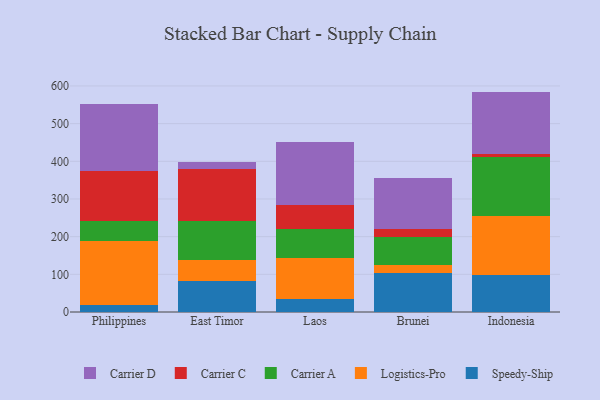
{"axis": {"x": "Country", "y": "Humidity (%)"}, "legend": ["Carrier A", "Carrier C", "Carrier D", "Logistics-Pro", "Speedy-Ship"], "data": [{"x": "Philippines", "y": 17.5, "type": "Speedy-Ship"}, {"x": "Philippines", "y": 171.4, "type": "Logistics-Pro"}, {"x": "Philippines", "y": 53.0, "type": "Carrier A"}, {"x": "Philippines", "y": 133.5, "type": "Carrier C"}, {"x": "Philippines", "y": 177.2, "type": "Carrier D"}, {"x": "East Timor", "y": 82.2, "type": "Speedy-Ship"}, {"x": "East Timor", "y": 55.2, "type": "Logistics-Pro"}, {"x": "East Timor", "y": 104.1, "type": "Carrier A"}, {"x": "East Timor", "y": 139.2, "type": "Carrier C"}, {"x": "East Timor", "y": 17.6, "type": "Carrier D"}, {"x": "Laos", "y": 33.9, "type": "Speedy-Ship"}, {"x": "Laos", "y": 108.4, "type": "Logistics-Pro"}, {"x": "Laos", "y": 77.6, "type": "Carrier A"}, {"x": "Laos", "y": 64.4, "type": "Carrier C"}, {"x": "Laos", "y": 167.2, "type": "Carrier D"}, {"x": "Brunei", "y": 104.3, "type": "Speedy-Ship"}, {"x": "Brunei", "y": 20.0, "type": "Logistics-Pro"}, {"x": "Brunei", "y": 74.0, "type": "Carrier A"}, {"x": "Brunei", "y": 21.6, "type": "Carrier C"}, {"x": "Brunei", "y": 135.3, "type": "Carrier D"}, {"x": "Indonesia", "y": 98.1, "type": "Speedy-Ship"}, {"x": "Indonesia", "y": 156.4, "type": "Logistics-Pro"}, {"x": "Indonesia", "y": 156.8, "type": "Carrier A"}, {"x": "Indonesia", "y": 6.9, "type": "Carrier C"}, {"x": "Indonesia", "y": 166.8, "type": "Carrier D"}]}